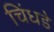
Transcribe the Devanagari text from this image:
चिंधडे